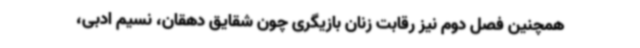
همچنین فصل دوم نیز رقابت زنان بازیگری چون شقایق دهقان، نسیم ادبی،